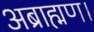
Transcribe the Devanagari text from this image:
अब्राह्मण।